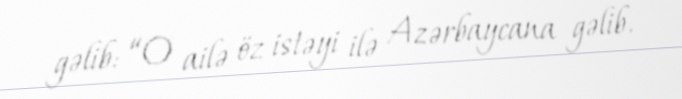
gəlib: “O ailə öz istəyi ilə Azərbaycana gəlib.